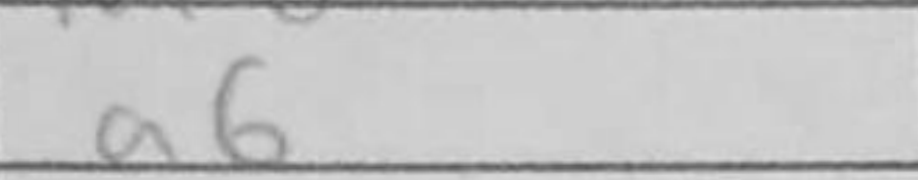
Transcription: a6